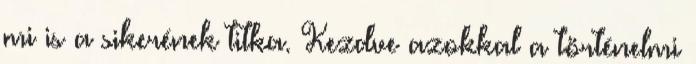
mi is a sikerének titka. Kezdve azokkal a történelmi